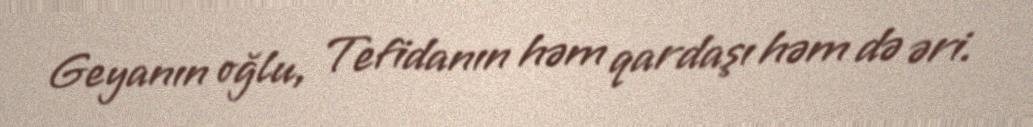
Geyanın oğlu, Tefidanın həm qardaşı həm də əri.